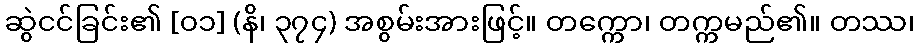
ဆွဲငင်ခြင်း၏ [၀၁] (နိ၊ ၃၇၄) အစွမ်းအားဖြင့်။ တက္ကော၊ တက္ကမည်၏။ တဿ၊